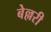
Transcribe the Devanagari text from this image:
बेल्लरी